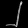
Digit: ၂